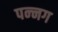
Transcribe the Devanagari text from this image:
पन्‍नग